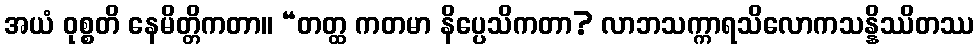
အယံ ဝုစ္စတိ နေမိတ္တိကတာ။ “တတ္ထ ကတမာ နိပ္ပေသိကတာ? လာဘသက္ကာရသိလောကသန္နိဿိတဿ